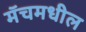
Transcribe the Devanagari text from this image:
मॅचमधील